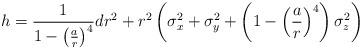
LaTeX: \begin{align*}h=\frac{1}{1-\left(\frac{a}{r}\right)^4}dr^2+r^2\left(\sigma_x^2+\sigma_y^2+\left(1-\left(\frac{a}{r}\right)^4\right)\sigma_z^2\right)\end{align*}